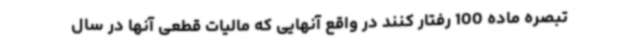
تبصره ماده 100 رفتار کنند در واقع آنهایی که مالیات قطعی آنها در سال